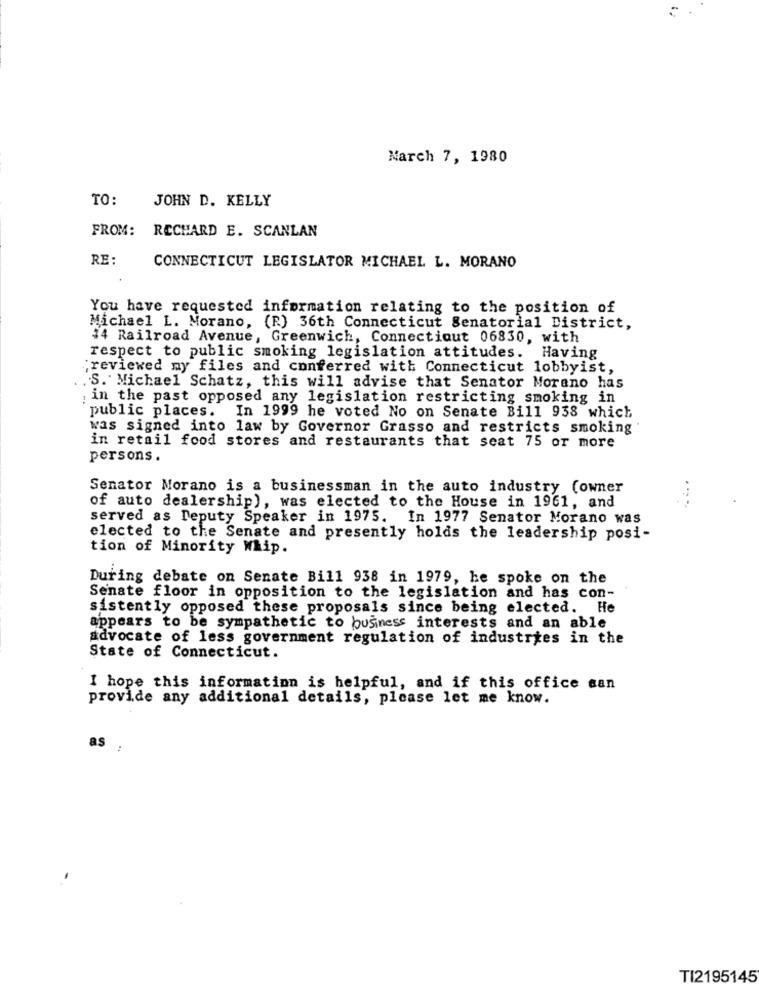
March 7, 1980
TO:
JOHN D. KELLY
FROM:
RECHARD E. SCANLAN
RE:
CONNECTICUT LEGISLATOR MICHAEL L. MORANO
You have requested information relating to the position of
Michael L. Morano, (R) 36th Connecticut Senatorial District,
#4 Railroad Avenue, Greenwich, Connecticut 06830, with
respect to public smoking legislation attitudes. Having
;reviewed my files and conferred with Connecticut lobbyist,
. S. Michael Schatz, this will advise that Senator Morano has
in the past opposed any legislation restricting smoking in
public places. In 1999 he voted No on Senate Bill 938 which
was signed into law by Governor Grasso and restricts smoking
in retail food stores and restaurants that seat 75 or more
persons .
Senator Morano is a businessman in the auto industry (owner
of auto dealership), was elected to the House in 1961, and
served as Deputy Speaker in 1975. In 1977 Senator Morano was
elected to the Senate and presently holds the leadership posi-
tion of Minority Whip.
During debate on Senate Bill 938 in 1979, he spoke on the
Senate floor in opposition to the legislation and has con-
sistently opposed these proposals since being elected. He
appears to be sympathetic to business interests and an able
advocate of less government regulation of industries in the
State of Connecticut.
I hope this information is helpful, and if this office san
provide any additional details, please let me know.
as
:
TI2195145